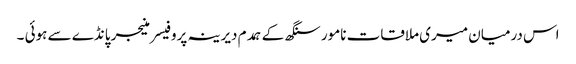
اس درمیان میری ملاقات نامور سنگھ کے ہمدم دیرینہ پروفیسر منیجر پانڈے سے ہوئی ۔